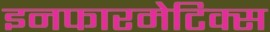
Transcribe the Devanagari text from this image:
इनफारमेटिक्स